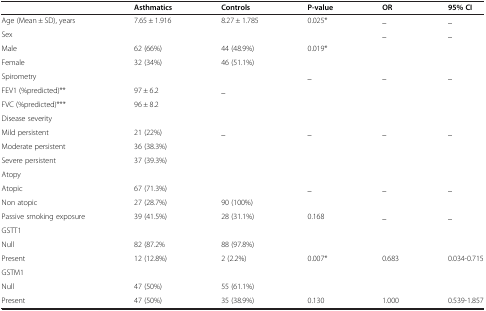
<table><thead><tr><td><b> </b></td><td><b>Asthmatics</b></td><td><b>Controls</b></td><td><b>P-value</b></td><td><b>OR</b></td><td><b>95% CI</b></td></tr></thead><tbody><tr><td>Age (Mean ± SD), years</td><td>7.65 ± 1.916</td><td>8.27 ± 1.785</td><td>0.025*</td><td>_</td><td>_</td></tr><tr><td>Sex</td><td> </td><td> </td><td> </td><td>_</td><td>_</td></tr><tr><td>Male</td><td>62 (66%)</td><td>44 (48.9%)</td><td>0.019*</td><td> </td><td> </td></tr><tr><td>Female</td><td>32 (34%)</td><td>46 (51.1%)</td><td> </td><td> </td><td> </td></tr><tr><td>Spirometry</td><td> </td><td> </td><td>_</td><td>_</td><td>_</td></tr><tr><td>FEV1 (%predicted)**</td><td>97 ± 6.2</td><td>_</td><td> </td><td> </td><td> </td></tr><tr><td>FVC (%predicted)***</td><td>96 ± 8.2</td><td> </td><td> </td><td> </td><td> </td></tr><tr><td>Disease severity</td><td> </td><td> </td><td> </td><td> </td><td> </td></tr><tr><td>Mild persistent</td><td>21 (22%)</td><td>_</td><td>_</td><td>_</td><td>_</td></tr><tr><td>Moderate persistent</td><td>36 (38.3%)</td><td> </td><td> </td><td> </td><td> </td></tr><tr><td>Severe persistent</td><td>37 (39.3%)</td><td> </td><td> </td><td> </td><td> </td></tr><tr><td>Atopy</td><td> </td><td> </td><td> </td><td> </td><td> </td></tr><tr><td>Atopic</td><td>67 (71.3%)</td><td> </td><td>_</td><td>_</td><td>_</td></tr><tr><td>Non atopic</td><td>27 (28.7%)</td><td>90 (100%)</td><td> </td><td> </td><td> </td></tr><tr><td>Passive smoking exposure</td><td>39 (41.5%)</td><td>28 (31.1%)</td><td>0.168</td><td>_</td><td>_</td></tr><tr><td>GSTT1</td><td> </td><td> </td><td> </td><td> </td><td> </td></tr><tr><td>Null</td><td>82 (87.2%</td><td>88 (97.8%)</td><td> </td><td> </td><td> </td></tr><tr><td>Present</td><td>12 (12.8%)</td><td>2 (2.2%)</td><td>0.007*</td><td>0.683</td><td>0.034-0.715</td></tr><tr><td>GSTM1</td><td> </td><td> </td><td> </td><td> </td><td> </td></tr><tr><td>Null</td><td>47 (50%)</td><td>55 (61.1%)</td><td> </td><td> </td><td> </td></tr><tr><td>Present</td><td>47 (50%)</td><td>35 (38.9%)</td><td>0.130</td><td>1.000</td><td>0.539-1.857</td></tr></tbody></table>